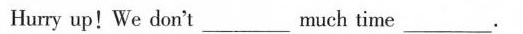
Hurry up！We don't ___ much time___.